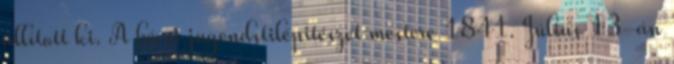
állított ki. A bécsi jugendstilépitészet mestere 1841. Július 13-án